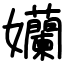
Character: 孏